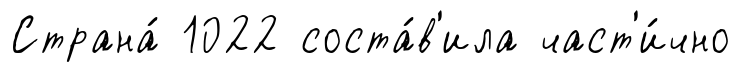
Страна́ 1022 соста́в'ила част'и́чно